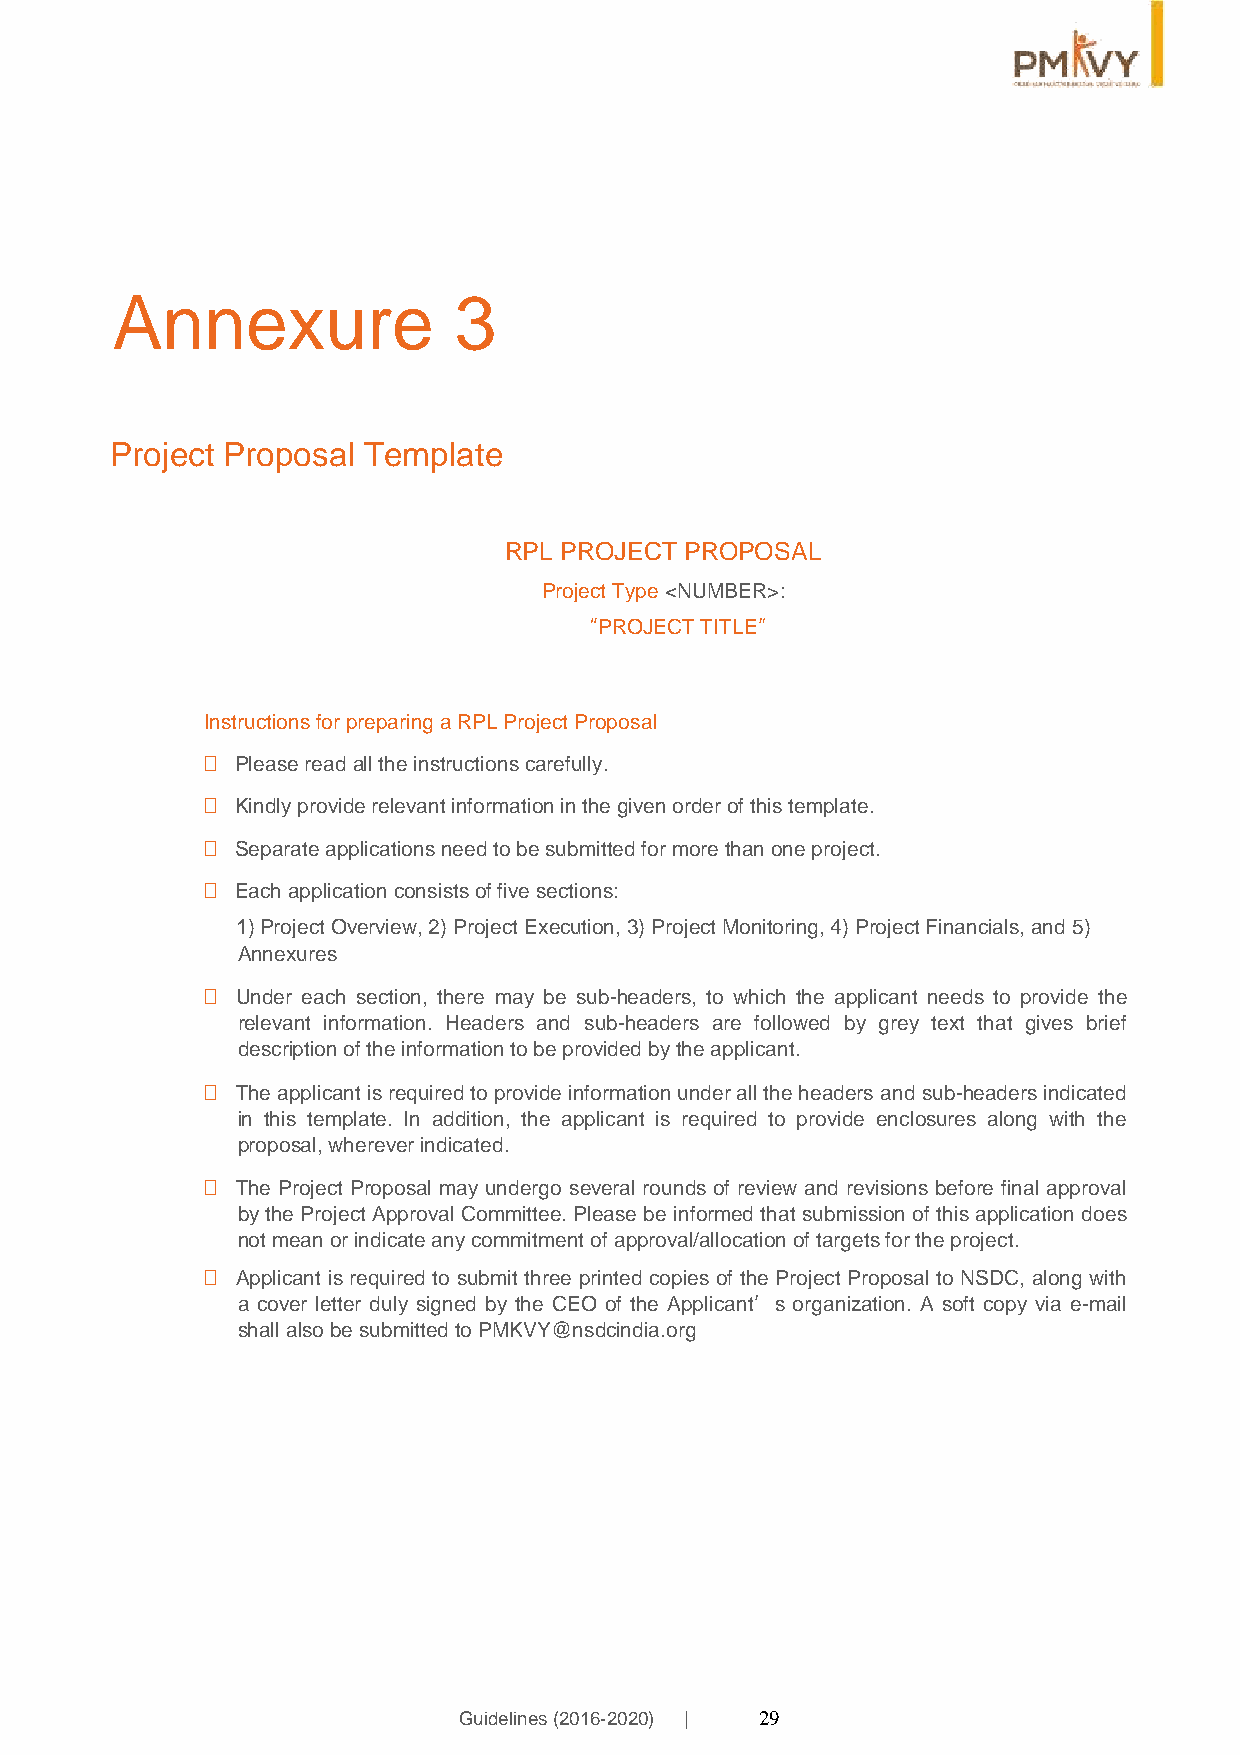
Annexure               3
 Project Proposal Template
 RPL PROJECT PROPOSAL
 Project Type <NUMBER>:
 “PROJECT TITLE”
 Instructions for preparing a RPL Project Proposal
   Please read all the instructions carefully.
   Kindly provide relevant information in the given order of this template.
   Separate applications need to be submitted for more than one project.
   Each application consists of five sections:
 1) Project Overview, 2) Project Execution, 3) Project Monitoring, 4) Project Financials, and 5)
 Annexures
   Under each section, there may be sub-headers, to which the applicant needs to provide the
 relevant information. Headers and sub-headers are followed by grey text that gives brief
 description of the information to be provided by the applicant.
   The applicant is required to provide information under all the headers and sub-headers indicated
 in this template. In addition, the applicant is required to provide enclosures along with the
 proposal, wherever indicated.
   The Project Proposal may undergo several rounds of review and revisions before final approval
 by the Project Approval Committee. Please be informed that submission of this application does
 not mean or indicate any commitment of approval/allocation of targets for the project.
   Applicant is required to submit three printed copies of the Project Proposal to NSDC, along with
 a cover letter duly signed by the CEO of the Applicant’s organization. A soft copy via e-mail
 shall also be submitted to PMKVY@nsdcindia.org
 Guidelines (2016-2020) | 29